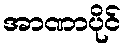
အာဏာပိုင်